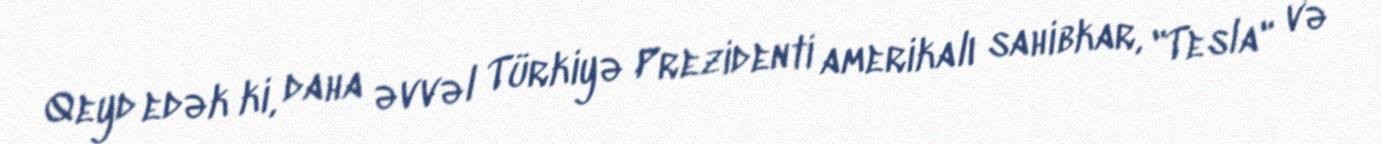
Qeyd edək ki, daha əvvəl Türkiyə Prezidenti amerikalı sahibkar, "Tesla" və